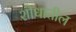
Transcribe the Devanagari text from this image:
शोधातील